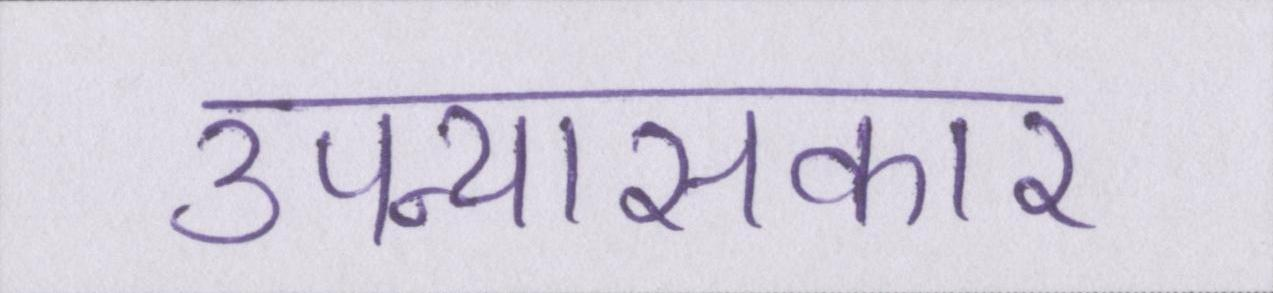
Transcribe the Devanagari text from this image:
उपन्यासकार